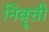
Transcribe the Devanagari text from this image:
निवॄत्ती